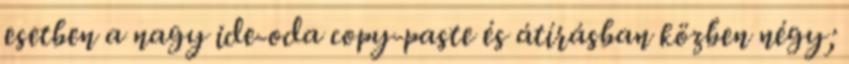
esetben a nagy ide-oda copy-paste és átírásban közben négy;